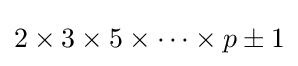
2\times 3\times 5\times \dots \times p\pm 1